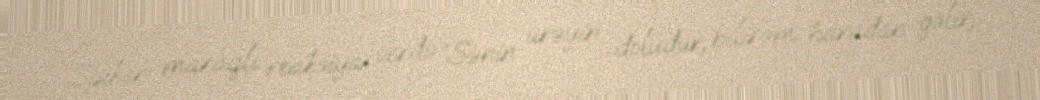
Spiker maraqlı reaksiya verdi: “Sənin ürəyin doludur, bilirəm haradan gəlir,